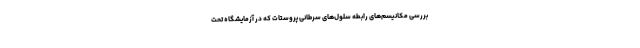
بررسی مکانیسم‌های رابطه سلول‌های سرطانی پروستات که در آزمایشگاه تحت